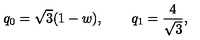
q _ { 0 } = \sqrt { 3 } ( 1 - w ) , \qquad q _ { 1 } = \frac { 4 } { \sqrt { 3 } } ,